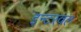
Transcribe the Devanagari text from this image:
इन्टरवल